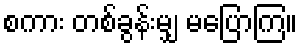
စကား တစ်ခွန်းမျှ မပြောကြ။